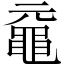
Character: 黿